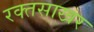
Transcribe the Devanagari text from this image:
रक्तसाखर